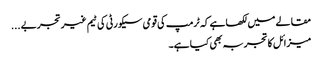
مقالے میں لکھا ہے کہ ٹرمپ کی قومی سیکورٹی کی ٹیم غیر تجربے ...
میزائل کا تجربہ بھی کیا ہے۔